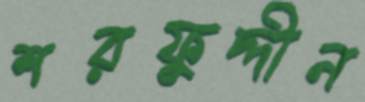
শরফুদ্দীন